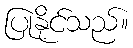
ပြုနိုင်သည်။